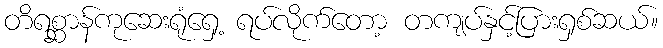
တိရစ္ဆာန်ကုဆေးရုံရှေ့ ရပ်လိုက်တော့ တကျပ်နှင့်ပြားရှစ်ဆယ်။